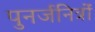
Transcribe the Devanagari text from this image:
पुनर्जनित्रों